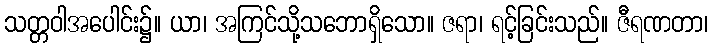
သတ္တဝါအပေါင်း၌။ ယာ၊ အကြင်သို့သဘောရှိသော။ ဇရာ၊ ရင့်ခြင်းသည်။ ဇီရဏတာ၊